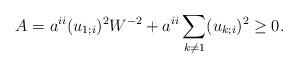
LaTeX: \begin{align*} A=a^{ii}(u_{1;i})^2W^{-2}+a^{ii}\sum_{k\ne 1}(u_{k;i})^2\ge 0. \end{align*}